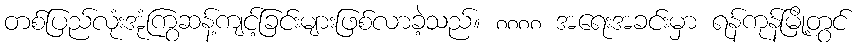
တစ်ပြည်လုံးအုံကြွဆန့်ကျင့်ခြင်းများဖြစ်လာခဲ့သည်။ ၈၈၈၈ အရေးအခင်းမှာ ရန်ကုန်မြို့တွင်